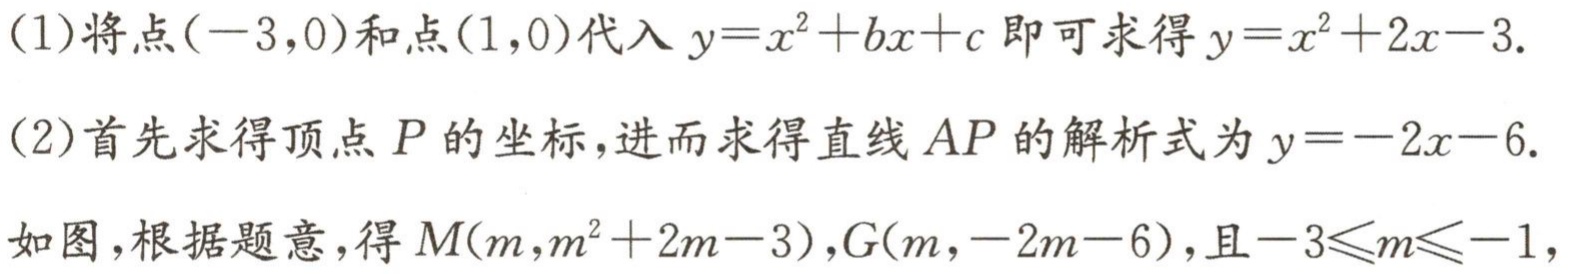
(1)将点\((-3,0)\)和点\((1,0)\)代入\(y = x^{2}+bx + c\)即可求得\(y = x^{2}+2x - 3\).

(2)首先求得顶点\(P\)的坐标,进而求得直线\(AP\)的解析式为\(y=-2x - 6\).

如图,根据题意,得\(M(m,m^{2}+2m - 3)\),\(G(m,-2m - 6)\),且\(-3\leqslant m\leqslant -1\),